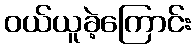
ဝယ်ယူခဲ့ကြောင်း